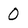
Character: O